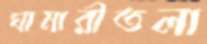
ঘামারীতলা